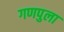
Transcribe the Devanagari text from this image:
गणपुला